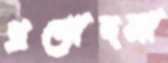
প্রণোদনা